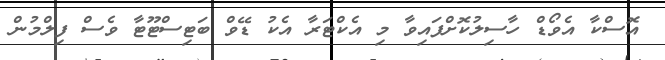
އޮސްކާ އެވޯޑް ހާސިލުކޮށްފައިވާ މި އެކްޓަރާ އެކު ޑޭވް ބަޓިސްޓޫޓާ ވެސް ފިލްމުން